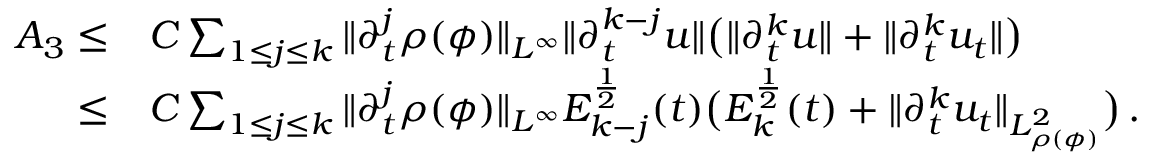
\begin{array} { r l } { A _ { 3 } \leq } & { C \sum _ { 1 \leq j \leq k } \| \partial _ { t } ^ { j } \rho ( \phi ) \| _ { L ^ { \infty } } \| \partial _ { t } ^ { k - j } u \| \big ( \| \partial _ { t } ^ { k } u \| + \| \partial _ { t } ^ { k } u _ { t } \| \big ) } \\ { \leq } & { C \sum _ { 1 \leq j \leq k } \| \partial _ { t } ^ { j } \rho ( \phi ) \| _ { L ^ { \infty } } E _ { k - j } ^ { \frac { 1 } { 2 } } ( t ) \big ( E _ { k } ^ { \frac { 1 } { 2 } } ( t ) + \| \partial _ { t } ^ { k } u _ { t } \| _ { L _ { \rho ( \phi ) } ^ { 2 } } \big ) \, . } \end{array}